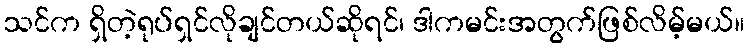
သင်က ရှိတဲ့ရုပ်ရှင်လိုချင်တယ်ဆိုရင်၊ ဒါကမင်းအတွက်ဖြစ်လိမ့်မယ်။